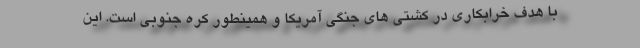
با هدف خرابکاری در کشتی های جنگی آمریکا و همینطور کره جنوبی است. این